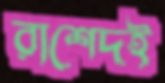
রাশেদই